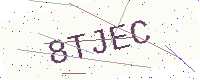
Text: 8TJEC